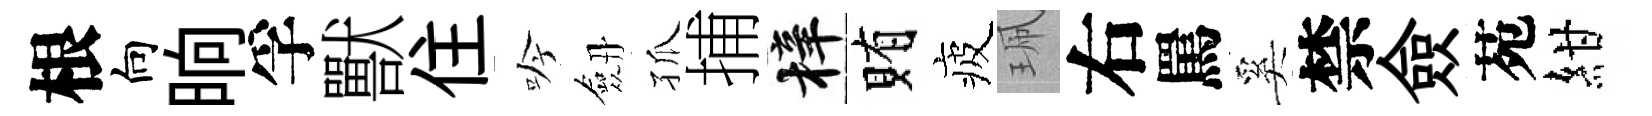
根向晌孚獸住吟劔孤捕梓賄疲珮右罵奚禁僉苑紺